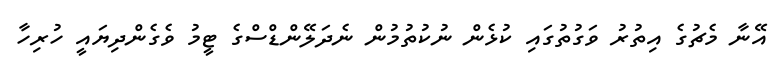
އޭނާ މެޗުގެ އިތުރު ވަގުތުގައި ކުޅެން ނުކުތުމުން ނެދަލޭންޑްސްގެ ޓީމު ވެގެންދިޔައީ ހުރިހާ